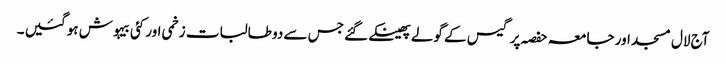
آج لال مسجد اور جامعہ حفصہ پر گیس کے گولے پھینکے گئے جس سے دو طالبات زخمی اور کئی بیہوش ہو گئیں ۔